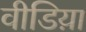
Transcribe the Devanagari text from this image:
वीडिय़ा